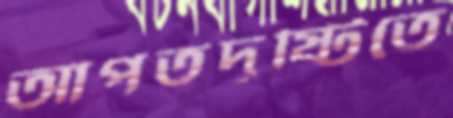
আপতদৃষ্টিতে